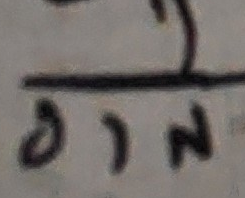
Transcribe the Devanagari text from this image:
अन्